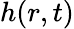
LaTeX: h(r,t)